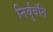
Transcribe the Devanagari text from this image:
निर्बुवंति